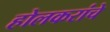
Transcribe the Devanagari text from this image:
होलकरांचे